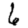
Digit: 6